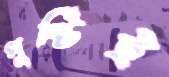
পুষ্টিই